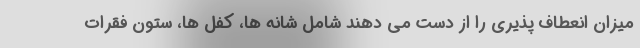
میزان انعطاف پذیری را از دست می دهند شامل شانه ها، کفل ها، ستون فقرات